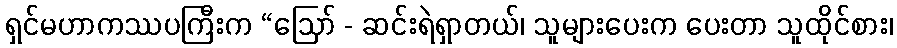
ရှင်မဟာကဿပကြီးက “ဩော် - ဆင်းရဲရှာတယ်၊ သူများပေးက ပေးတာ သူထိုင်စား၊